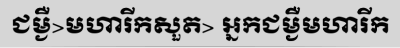
ជម្ងឺ>មហារីកសួត> អ្នកជម្ងឺមហារីក